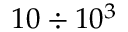
1 0 \div 1 0 ^ { 3 }